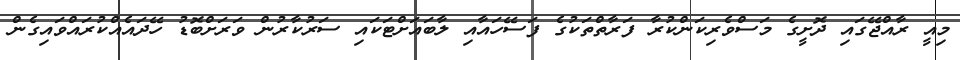
މިއީ ރާއްޖޭގައި ދޮށީގެ މަސްވެރިކަންކުރާ ފަރާތްތަކުގެ ފަސޭހައާއި ލާބައަށްޓަކައި ސަރުކާރުން ވަރަށްބޮޑު ހޭދައެއްކުރައްވައިގެން